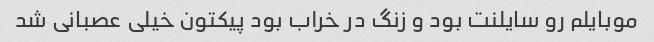
موبایلم رو سایلنت بود و زنگ در خراب بود پیکتون خیلى عصبانى شد